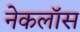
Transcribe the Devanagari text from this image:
नेकलॉस